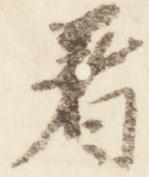
着